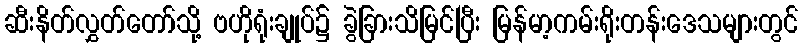
ဆီးနိတ်လွှတ်တော်သို့ ဗဟိုရုံးချုပ်၌ ခွဲခြားသိမြင်ပြီး မြန်မာ့ကမ်းရိုးတန်းဒေသများတွင်